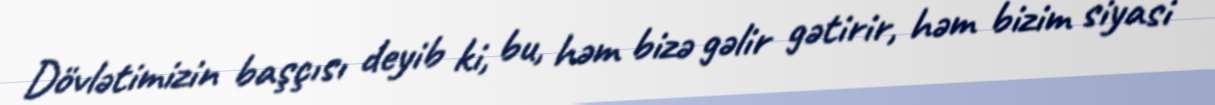
Dövlətimizin başçısı deyib ki, bu, həm bizə gəlir gətirir, həm bizim siyasi